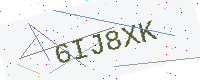
Text: 6IJ8XK